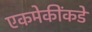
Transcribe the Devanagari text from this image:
एकमेकींकडे